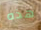
هذه